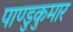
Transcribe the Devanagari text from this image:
पाण्डुकुमार